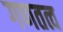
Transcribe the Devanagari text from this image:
गणतत्व